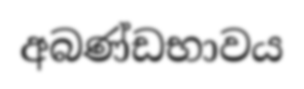
අබණ්ඩභාවය